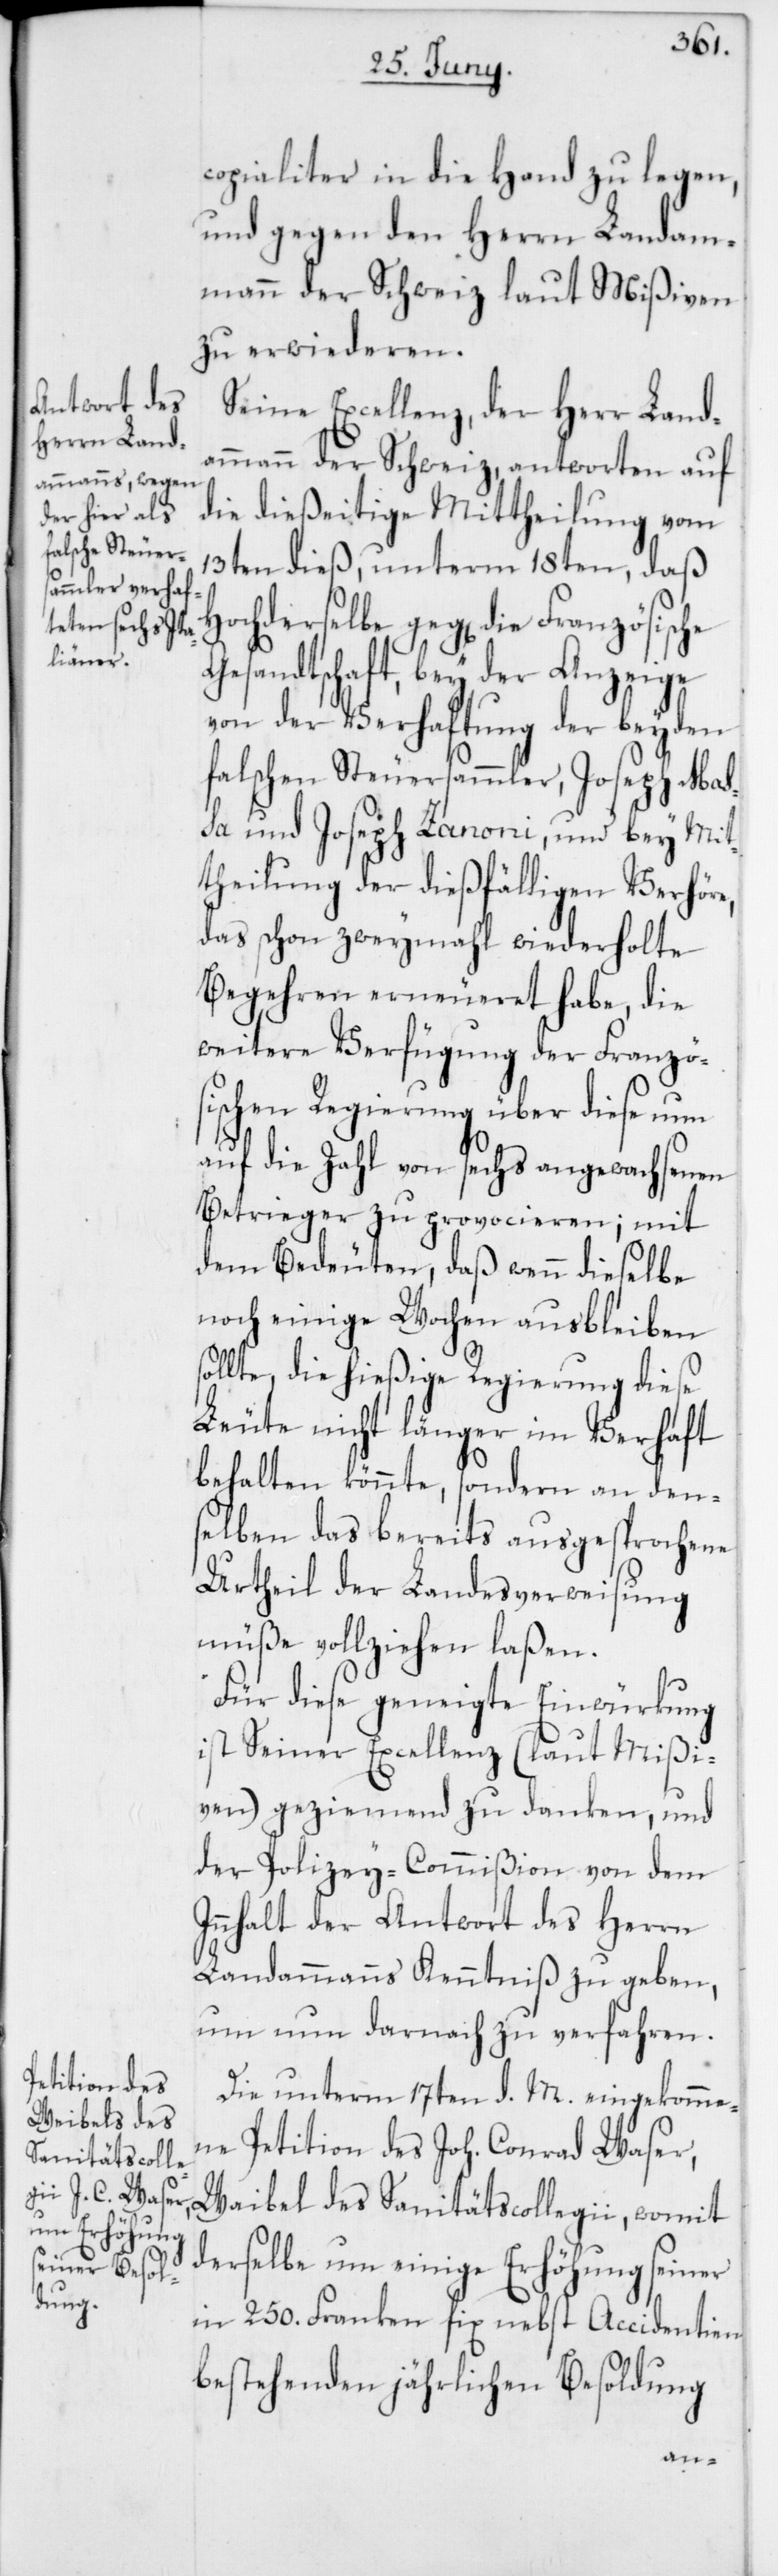
copialiter in die Hand zu legen,
und gegen den Herrn Landam¬
mann der Schweiz laut Mißiven
zu erwideren.
Seine Excellenz, der Herr Land¬
ammann der Schweiz, antworten auf
die dießeitige Mittheilung vom
13ten dieß, unterm 18ten, daß
Gesandtschaft, bey der Anzeige
von der Verhaftung der beyden
falschen Steuersammler, Joseph Maß¬
a und Joseph Zanoni, und bey Mit¬
theilung der dießfälligen Verhör¬
das schon zweymahl wiederholte
Begehren erneueret habe, die
weitere Verfügung der Französ¬
ischen Regierung über diese nun
auf die Zahl von sechs angewachsenen
Betrieger zu provocieren; mit
dem Bedeuten, daß wenn dieselbe
noch einige Wochen ausbleiben
llte, die hießige Regierung diese
Leute nicht länger im Verhaft
so¬
behalten könnte, sondern an den¬
selben das bereits ausgesprochene
Urtheil der Landesverweisung
müße vollziehen laßen.
Für diese geneigte Einwürkung
ist Seiner Excellenz (laut Mißi¬
ven) geziemend zu danken, und
der Polizey-Commißion von dem
Innhalt der Antwort des Herrn
Landammanns Kenntniß zu geben,
um nun darnach zu verfahren.
Die unterm 17ten d. M. eingekomme¬
ne Petition des Joh. Conrad Waser,
Waibel des Sanitätscollegii, womit
derselbe um einige Erhöhung seiner
in 250. Franken fix nebst Accidentien
bestehenden jährlichen Besoldung